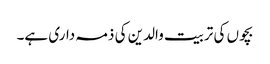
بچوں کی تربیت والدین کی ذمہ داری ہے۔